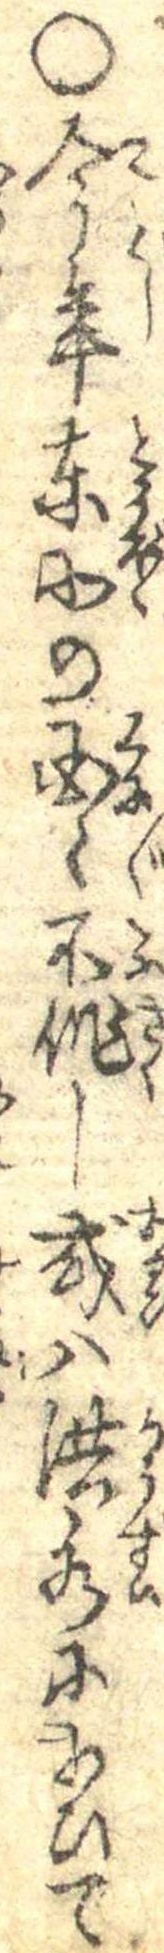
○今年東北の国々不作し或は洪水にあひて